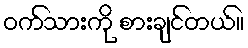
ဝက်သားကို စားချင်တယ်။